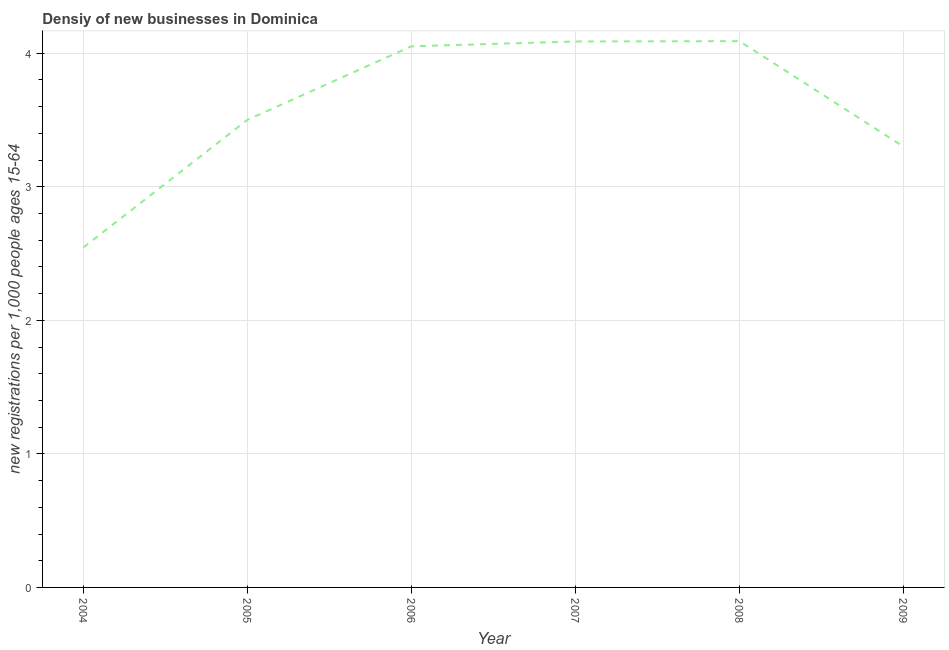
| Year | New business density |
 | --- | --- |
 | 2004 | 2.55 |
 | 2005 | 3.5 |
 | 2006 | 4.05 |
 | 2007 | 4.09 |
 | 2008 | 4.09 |
 | 2009 | 3.3 |